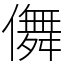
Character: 儛